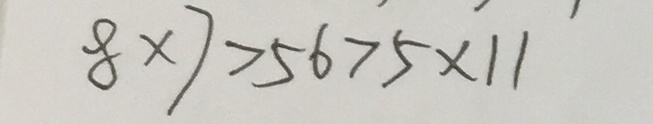
8 \times 7 > 5 6 > 5 \times 1 1